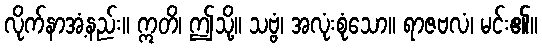
လိုက်နာအံ့နည်း။ ဣတိ၊ ဤသို့။ သဗ္ဗံ၊ အလုံးစုံသော။ ရာဇဗလံ၊ မင်း၏။